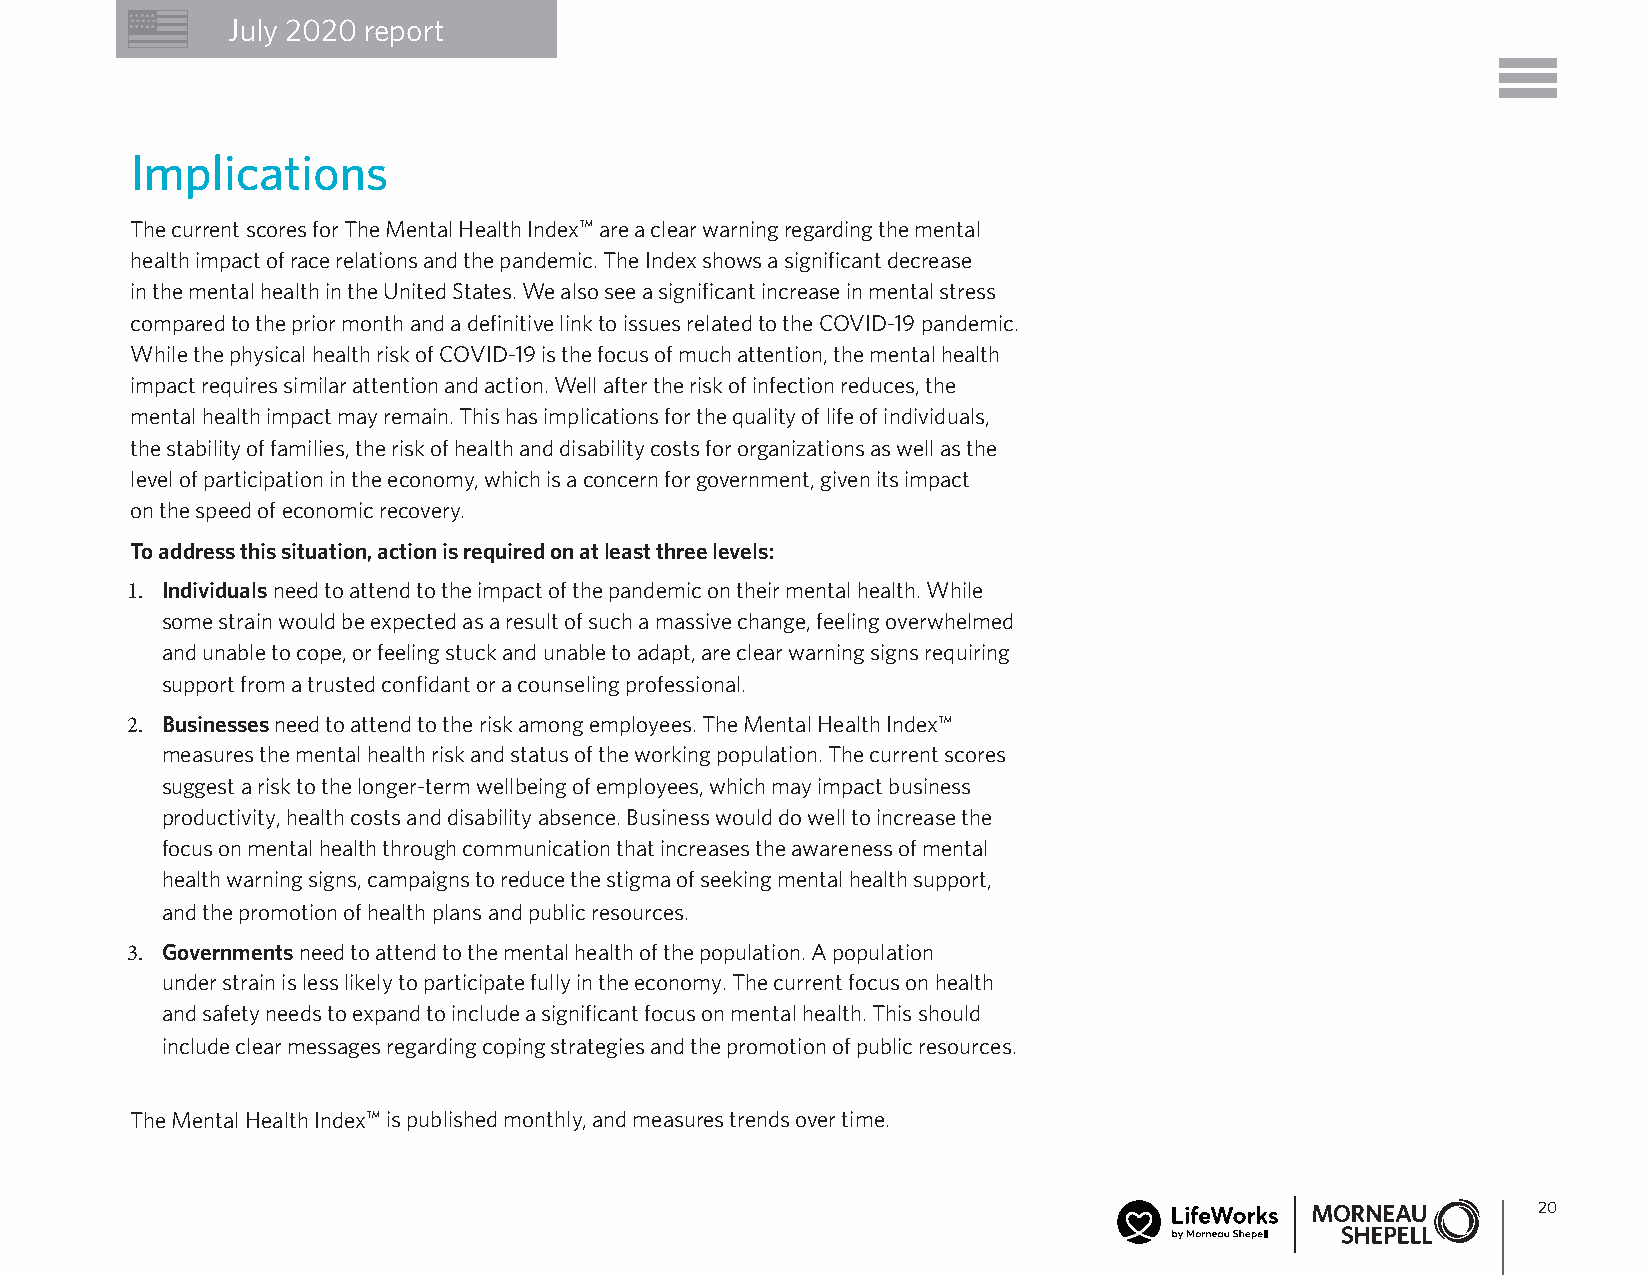
July 2020 report
 Implications
 The current scores for The Mental Health Index™ are a clear warning regarding the mental
 health impact of race relations and the pandemic. The Index shows a significant decrease
 in the mental health in the United States. We also see a significant increase in mental stress
 compared to the prior month and a definitive link to issues related to the COVID-19 pandemic.
 While the physical health risk of COVID-19 is the focus of much attention, the mental health
 impact requires similar attention and action. Well after the risk of infection reduces, the
 mental health impact may remain. This has implications for the quality of life of individuals,
 the stability of families, the risk of health and disability costs for organizations as well as the
 level of participation in the economy, which is a concern for government, given its impact
 on the speed of economic recovery.
 To address this situation, action is required on at least three levels:
 1. Individuals need to attend to the impact of the pandemic on their mental health. While
 some strain would be expected as a result of such a massive change, feeling overwhelmed
 and unable to cope, or feeling stuck and unable to adapt, are clear warning signs requiring
 support from a trusted confidant or a counseling professional.
 2. Businesses need to attend to the risk among employees. The Mental Health Index™
 measures the mental health risk and status of the working population. The current scores
 suggest a risk to the longer-term wellbeing of employees, which may impact business
 productivity, health costs and disability absence. Business would do well to increase the
 focus on mental health through communication that increases the awareness of mental
 health warning signs, campaigns to reduce the stigma of seeking mental health support,
 and the promotion of health plans and public resources.
 3. Governments need to attend to the mental health of the population. A population
 under strain is less likely to participate fully in the economy. The current focus on health
 and safety needs to expand to include a significant focus on mental health. This should
 include clear messages regarding coping strategies and the promotion of public resources.
 The Mental Health Index™ is published monthly, and measures trends over time.
 20